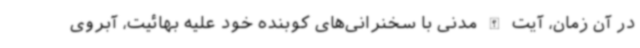
در آن زمان، آیت الله مدنی با سخنرانی‌های کوبنده خود علیه بهائیت، آبروی